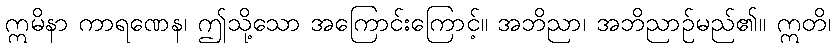
ဣမိနာ ကာရဏေန၊ ဤသို့သော အကြောင်းကြောင့်။ အဘိညာ၊ အဘိညာဉ်မည်၏။ ဣတိ၊